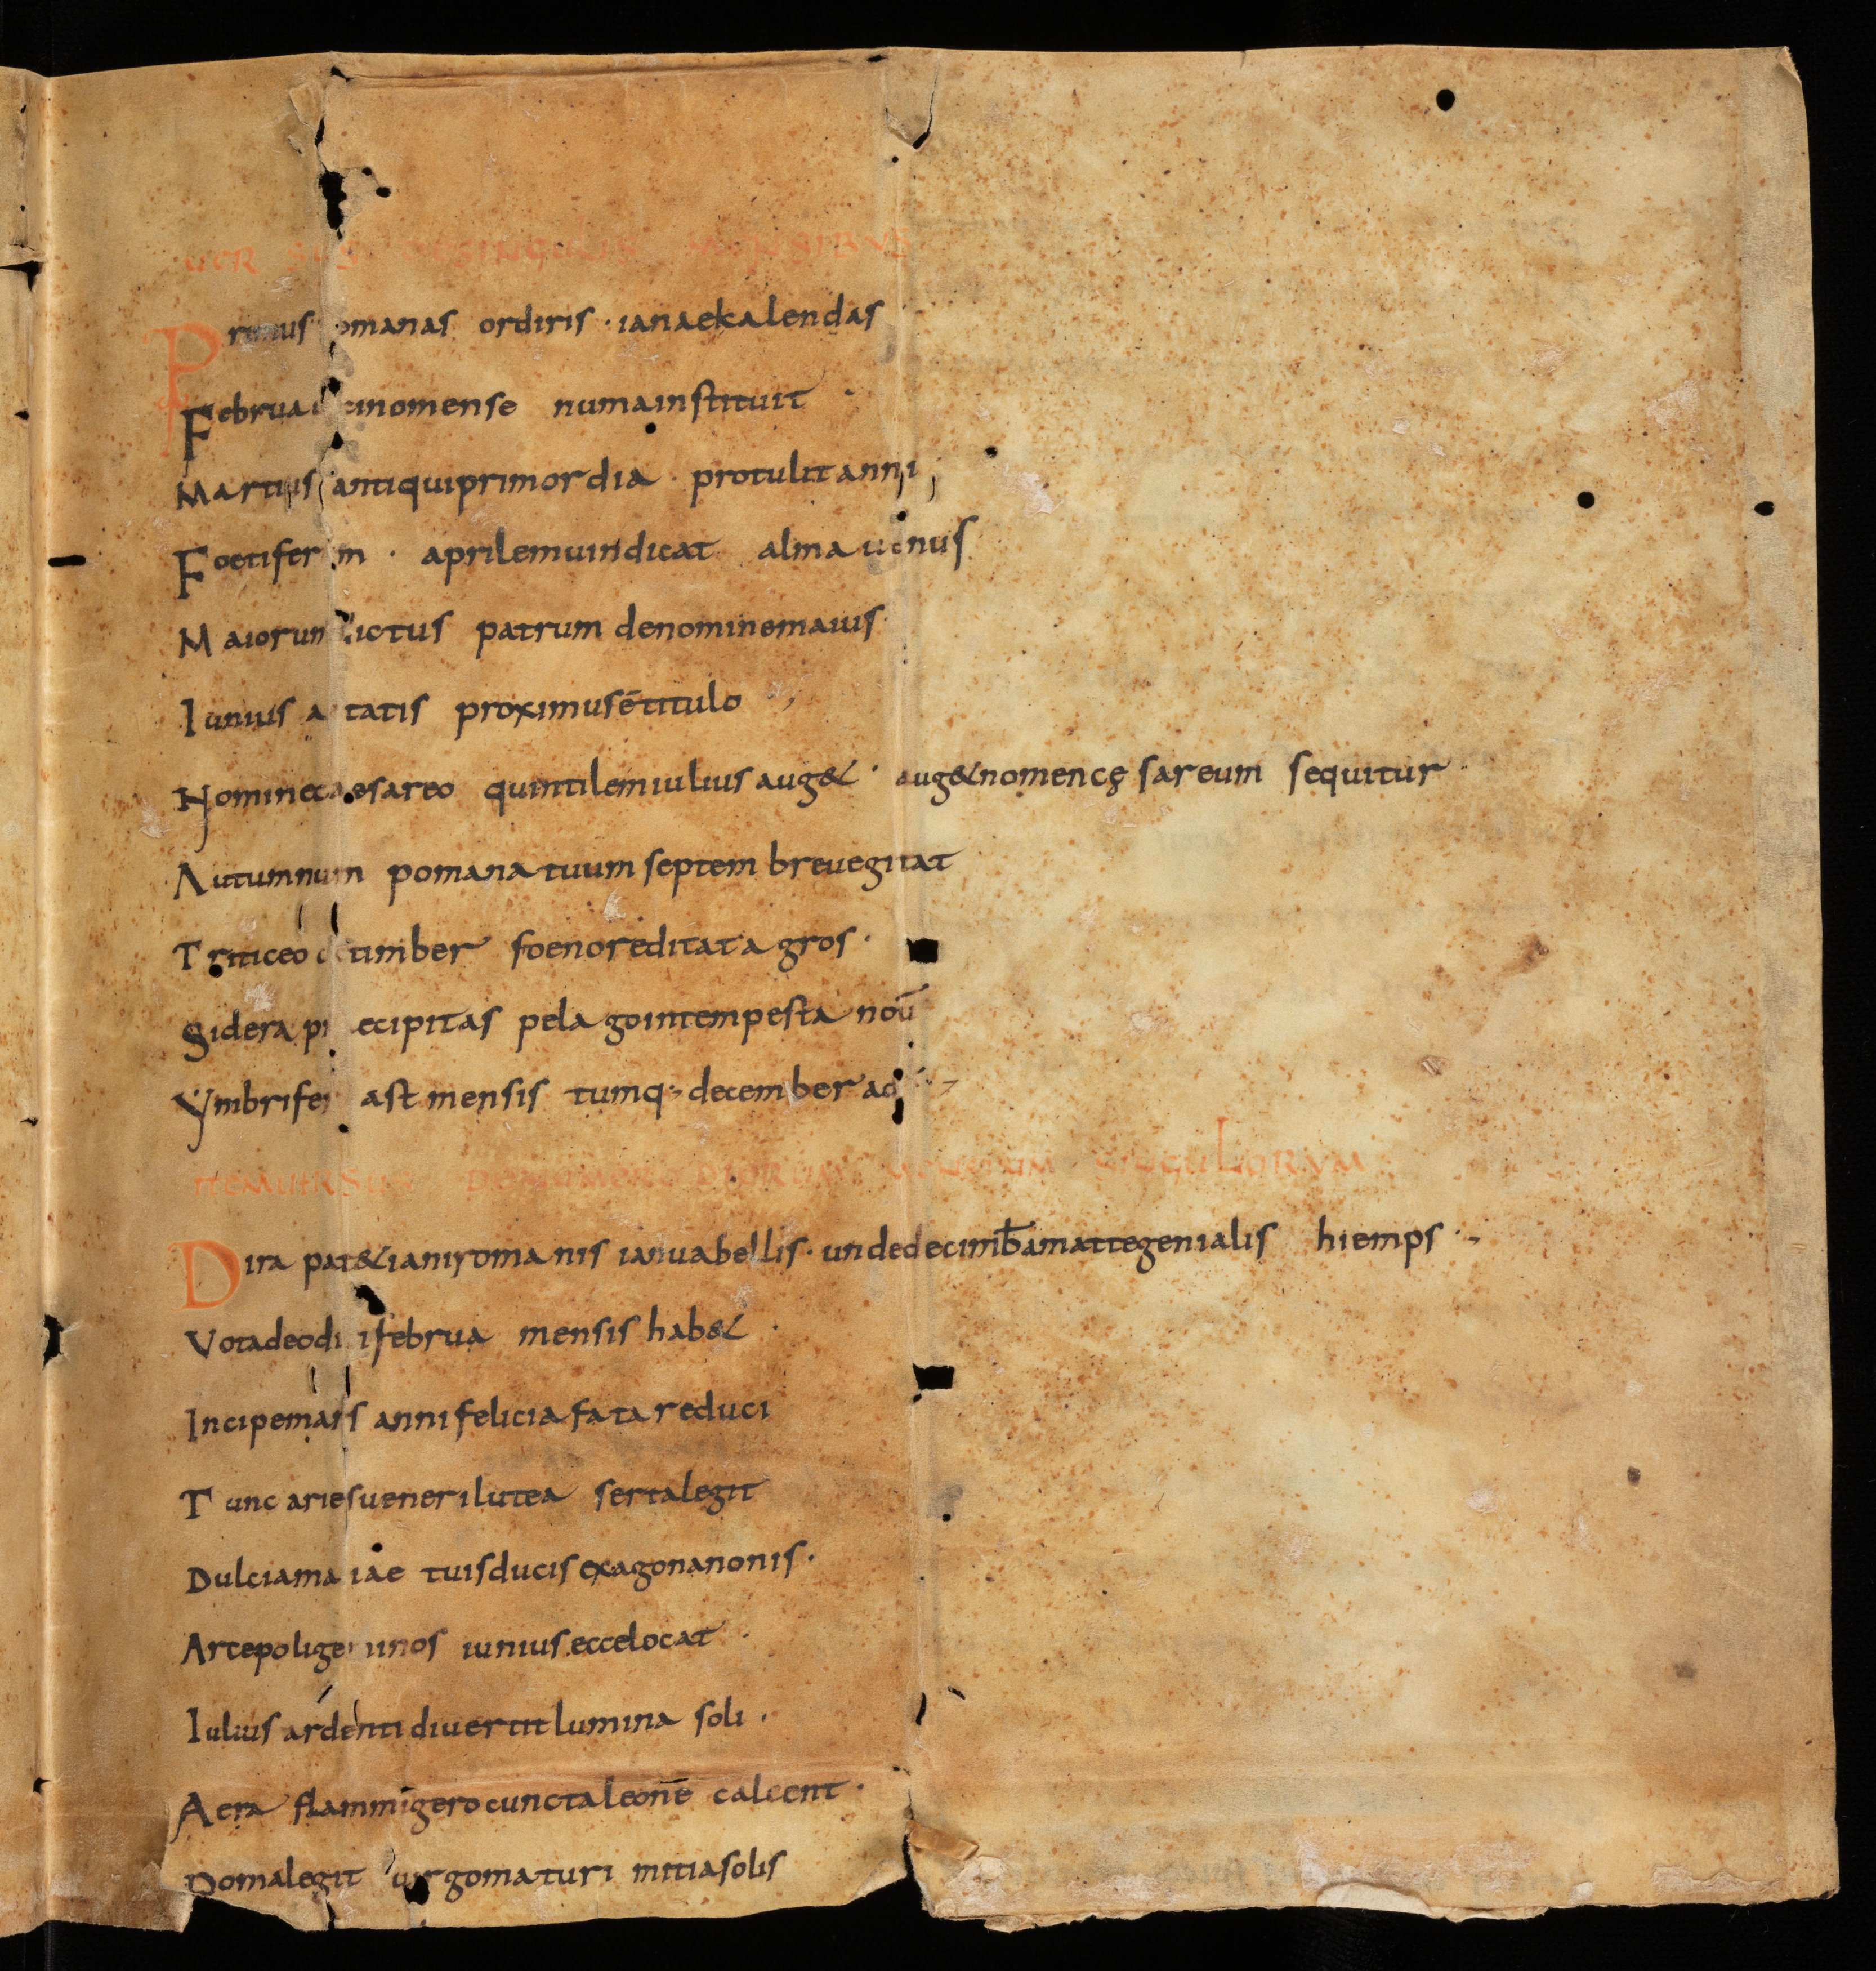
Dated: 825–849